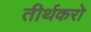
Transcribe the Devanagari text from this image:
तीर्थकरो